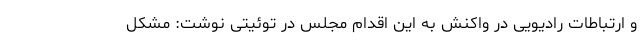
و ارتباطات رادیویی در واکنش به این اقدام مجلس در توئیتی نوشت: مشکل